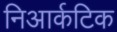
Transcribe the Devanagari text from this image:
निआर्कटिक